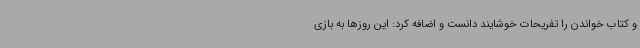
و کتاب خواندن را تفریحات خوشایند دانست و اضافه کرد: این روزها به بازی